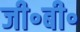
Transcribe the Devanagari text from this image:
जी॰बी॰